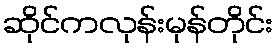
ဆိုင်ကလုန်းမုန်တိုင်း